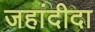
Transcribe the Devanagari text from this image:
जहांदीदा